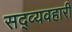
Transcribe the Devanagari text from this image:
सद्व्यवहारी